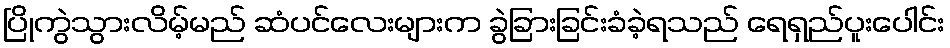
ပြိုကွဲသွားလိမ့်မည် ဆံပင်လေးများက ခွဲခြားခြင်းခံခဲ့ရသည် ရေရှည်ပူးပေါင်း